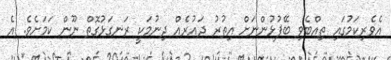
އެވެރިކަމުގައި ތިއްބެވި ބޭފުޅުންނަށް އިތުރު ދައުރެއް ދިނުމަކީ ރަނގަޅުގޮތް ނޫން ކަމަށެވެ. އެ